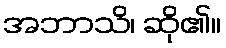
အဘာသိ၊ ဆို၏။